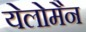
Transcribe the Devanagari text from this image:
येलोमैन